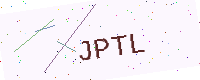
Text: JPTL